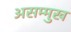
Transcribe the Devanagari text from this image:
असम्मुख